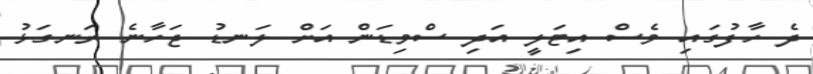
ދެ ހާފުގައި ވެސް އިޓަލީ އަދި ސްވިޑަން އަށް ލަނޑު ޖަހާނެ ރަނގަޅު